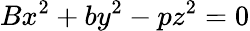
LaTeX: Bx^{2}+by^{2}-pz^{2}=0